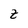
Character: z